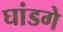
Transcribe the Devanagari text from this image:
घांडगे